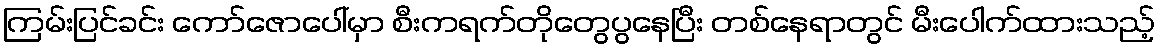
ကြမ်းပြင်ခင်း ကော်ဇောပေါ်မှာ စီးကရက်တိုတွေပွနေပြီး တစ်နေရာတွင် မီးပေါက်ထားသည့်